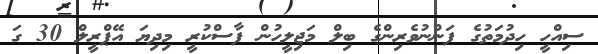
ސިއްހީ ހިދުމަތުގެ ފަންނުވެރިންގެ ބިލް މަޖިލީހުން ފާސްކުރީ މިދިޔަ އޭޕްރީލް 30 ގަ